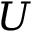
U